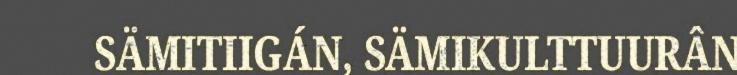
SÄMITIIGÁN, SÄMIKULTTUURÂN